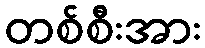
တစ်စီးအား